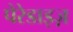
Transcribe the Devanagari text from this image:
पेरेडाइज़